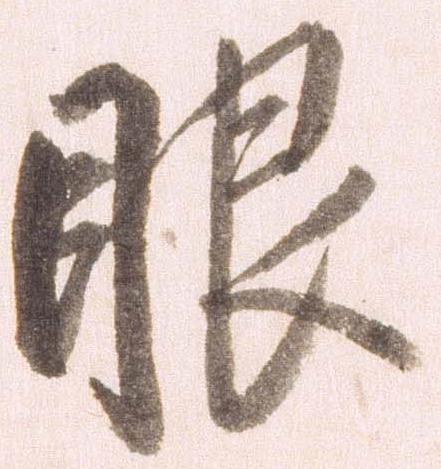
眼